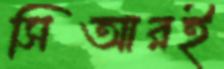
সিআরই